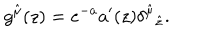
g ^ { \hat { \mu } } ( z ) = e ^ { - a } a ^ { \prime } ( z ) { \delta ^ { \hat { \mu } } } _ { \hat { z } } .